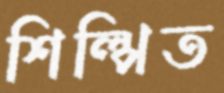
শিল্পিত